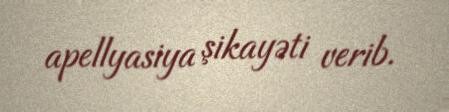
apellyasiya şikayəti verib.